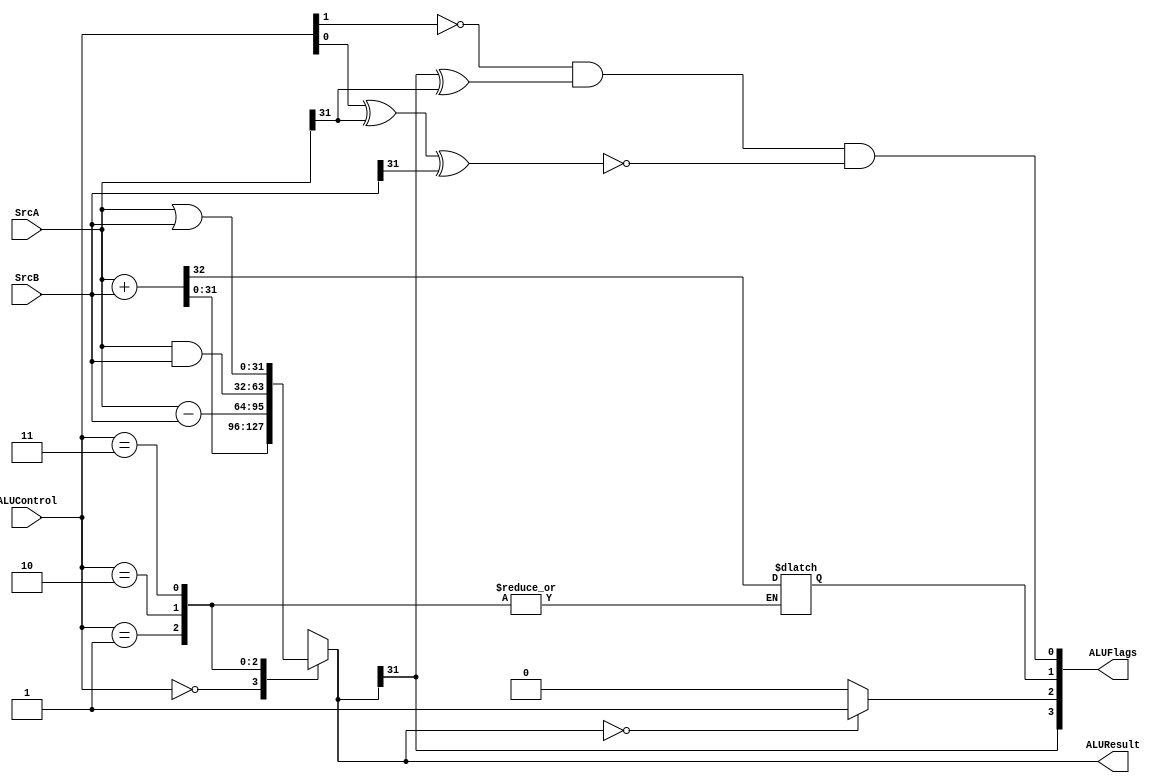
`timescale 1ns / 1ps
//////////////////////////////////////////////////////////////////////////////////
// Company: 
// Engineer: 
// 
// Module Name:    alu 
// Project Name: 	 pipelined processor 
// Revision 0.01 - File Created
// Source:	Harris page 250
// Additional Comments: 
//
//////////////////////////////////////////////////////////////////////////////////
module alu(
	input wire [31:0] SrcA,
	input wire [31:0] SrcB,
	input wire [1:0] ALUControl,
	output reg [31:0] ALUResult,
	output wire [3:0] ALUFlags
    );

/*
	V >> ALUFlags[0]
	C >> ALUFlags[1]
	Z >> ALUFlags[2]
	N >> ALUFlags[3]
*/

//internal signal
	reg carry;

//alu body
	always @(*)
	
	case (ALUControl)
				2'b00	:	//Add  
								{carry, ALUResult} = SrcA + SrcB;
				2'b01	:	//Subtract
								ALUResult = SrcA - SrcB;
				2'b10	:	//AND
								ALUResult = SrcA & SrcB;
				2'b11	:	//OR
								ALUResult = SrcA | SrcB;
	endcase 
	
	
	assign ALUFlags[0] = ~ALUControl[1] & 
								(ALUResult[31] ^ SrcA[31]) &
								~(ALUControl[0] ^ SrcA[31] ^ SrcB[31]) ;		//oVerflow flag 
	assign ALUFlags[1] = carry;													//Carry out flag 
 	assign ALUFlags[2] = (ALUResult == 0)? 1'b1 : 1'b0;					//Zero flag  
	assign ALUFlags[3] = ALUResult[31];											//Negative flag 


	
endmodule